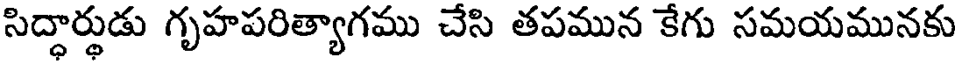
సిద్ధార్థుడు గృహపరిత్యాగము చేసి తపమున కేగు సమయమునకు